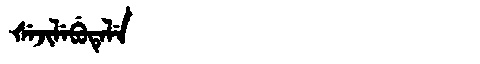
Manchu: ᡧᡝᠵᡳᠯᡝᠪᡠᡨᡝᠯᡝ
Romanization: ŠEJILEBUTELE